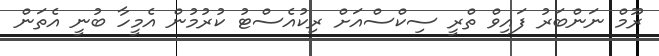
ރޫމް ނަންބަރު ފައިވް ތްރީ ސިކްސްއަށް ރިކުއެސްޓު ކުރުމުން އެމީހާ ބުނީ އެތަން